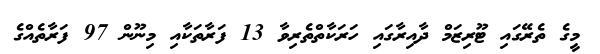
މީގެ ތެރޭގައި ޓޫރިޒަމް ދާއިރާގައި ހަރަކާތްތެރިވާ 13 ފަރާތަކާއި މިނޫން 97 ފަރާތެއްގެ